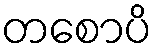
တစောပိ